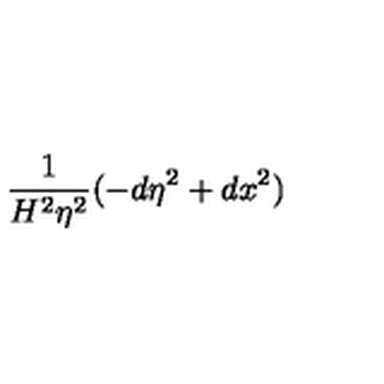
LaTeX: \frac 1 { H ^ { 2 } \eta ^ { 2 } } ( - d \eta ^ { 2 } + d x ^ { 2 } )